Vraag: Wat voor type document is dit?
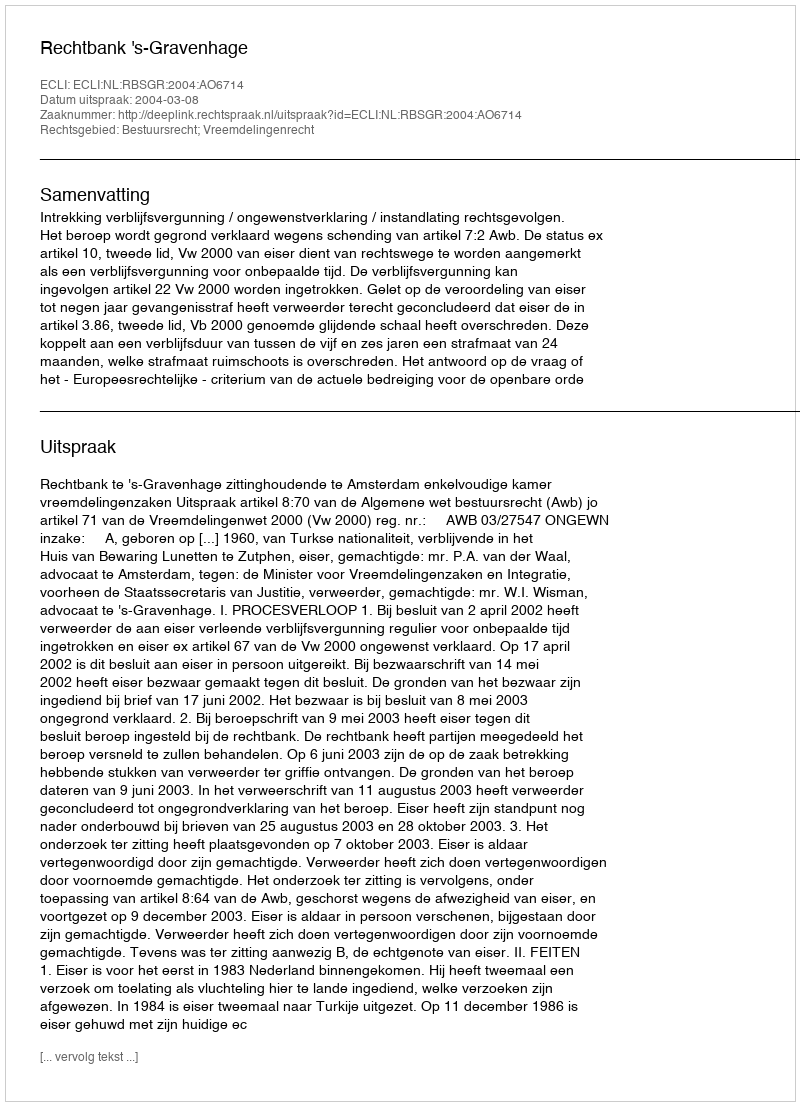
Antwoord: Uitspraak